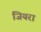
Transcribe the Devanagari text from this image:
जियरा